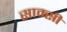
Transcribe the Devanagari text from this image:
साम्सी